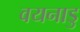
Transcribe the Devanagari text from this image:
वयनाडु